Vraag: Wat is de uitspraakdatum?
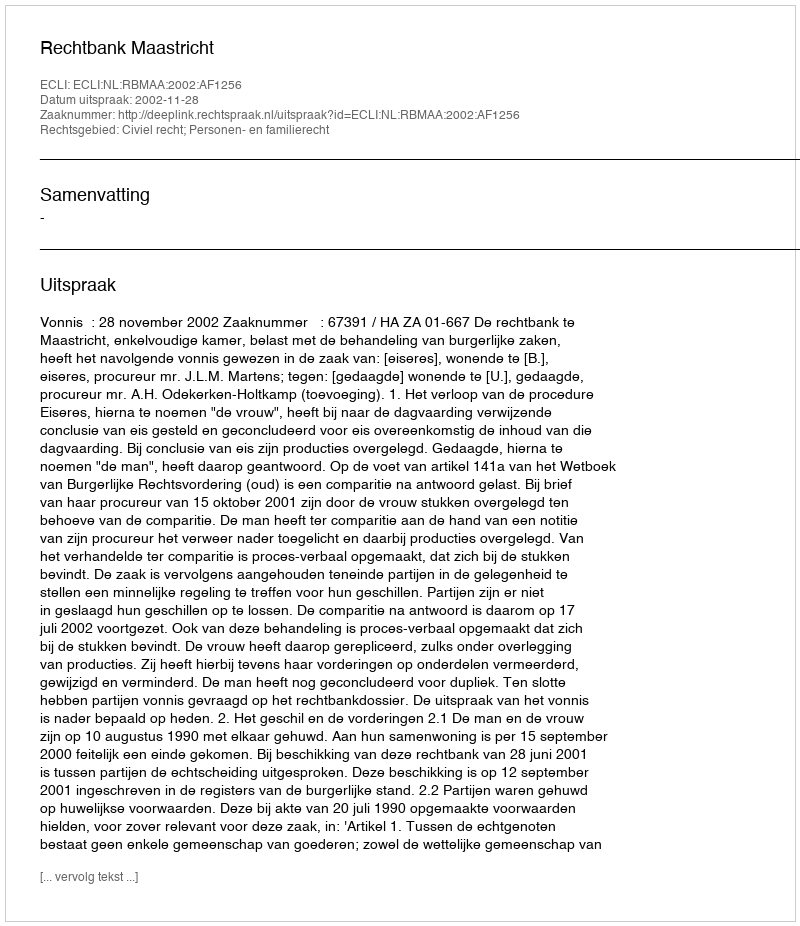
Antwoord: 2002-11-28